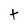
Character: t